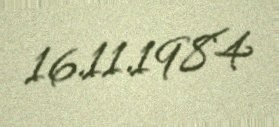
16.11.1984